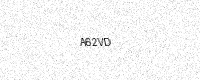
Text: A62VD